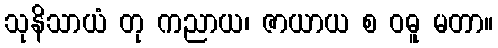
သုနိသာယံ တု ကညာယ၊ ဇာယာယ စ ဝဓူ မတာ။